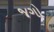
જગો